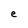
Character: e